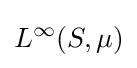
L^{\infty }(S,\mu )